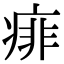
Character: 痱